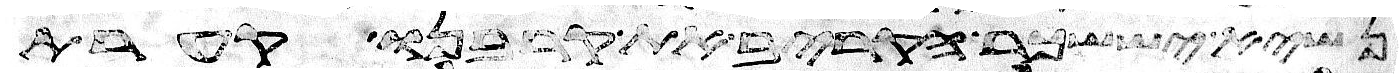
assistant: נשיא יששכר הקריב את קרבנו קערת